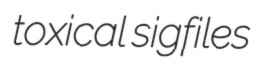
toxical sigfiles